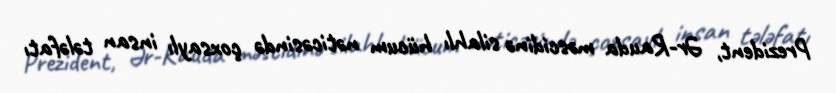
Prezident, Ər-Rauda məscidinə silahlı hücum nəticəsində çoxsaylı insan tələfatı